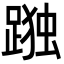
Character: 𮛹